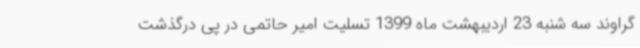
گراوند سه شنبه 23 اردیبهشت ماه 1399 تسلیت امیر حاتمی در پی درگذشت